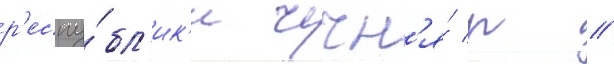
р'еспу́бл'ик'и чечн'я́ р //